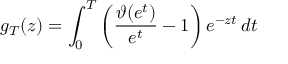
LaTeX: g _ { T } ( z ) = \int _ { 0 } ^ { T } \left( { \frac { \vartheta ( e ^ { t } ) } { e ^ { t } } } - 1 \right) e ^ { - z t } \, d t \quad \quad